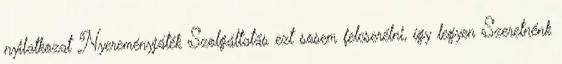
nyilatkozat Nyereményjáték Szolgáltatás ezt sosem felcserélni, így legyen Szeretnénk